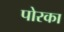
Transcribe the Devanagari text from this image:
पोरका